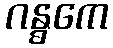
ဂန္ဓကေ